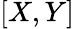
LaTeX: \left[X,Y\right]